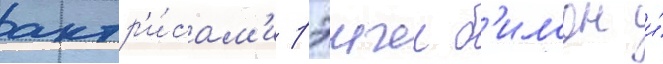
актр'и́сам'и рэичел б'илсон и́